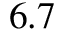
6 . 7